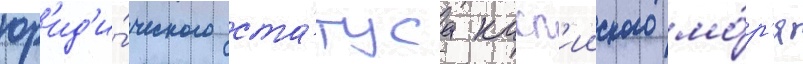
юр'ид'и́ческого ста́туса касп'ииского мо́р'я